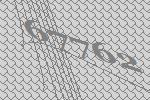
67762